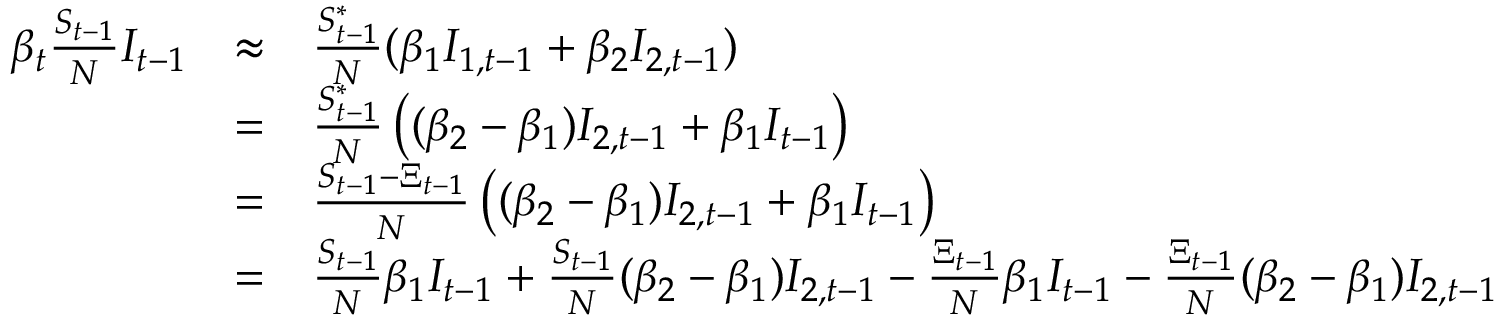
\begin{array} { r c l } { \beta _ { t } \frac { S _ { t - 1 } } { N } I _ { t - 1 } } & { \approx } & { \frac { S _ { t - 1 } ^ { * } } { N } ( \beta _ { 1 } I _ { 1 , t - 1 } + \beta _ { 2 } I _ { 2 , t - 1 } ) } \\ & { = } & { \frac { S _ { t - 1 } ^ { * } } { N } \left( ( \beta _ { 2 } - \beta _ { 1 } ) I _ { 2 , t - 1 } + \beta _ { 1 } I _ { t - 1 } \right) } \\ & { = } & { \frac { S _ { t - 1 } - \Xi _ { t - 1 } } { N } \left( ( \beta _ { 2 } - \beta _ { 1 } ) I _ { 2 , t - 1 } + \beta _ { 1 } I _ { t - 1 } \right) } \\ & { = } & { \frac { S _ { t - 1 } } { N } \beta _ { 1 } I _ { t - 1 } + \frac { S _ { t - 1 } } { N } ( \beta _ { 2 } - \beta _ { 1 } ) I _ { 2 , t - 1 } - \frac { \Xi _ { t - 1 } } { N } \beta _ { 1 } I _ { t - 1 } - \frac { \Xi _ { t - 1 } } { N } ( \beta _ { 2 } - \beta _ { 1 } ) I _ { 2 , t - 1 } } \end{array}